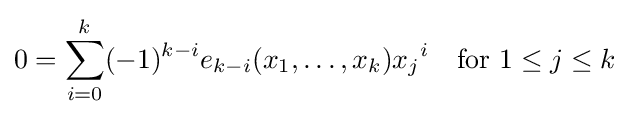
0=\sum _{i=0}^{k}(-1)^{k-i}e_{k-i}(x_{1},\ldots ,x_{k}){x_{j}}^{i}\quad {\text{for }}1\leq j\leq k